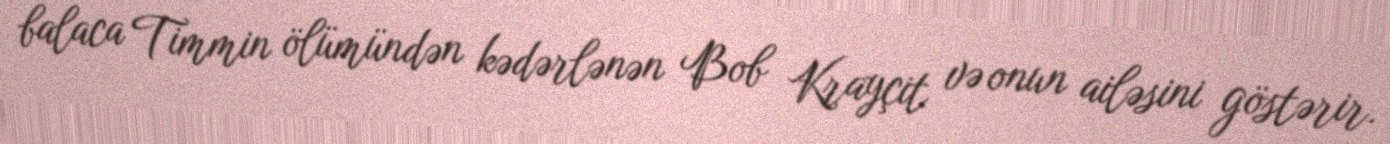
balaca Timmin ölümündən kədərlənən Bob Krayçit və onun ailəsini göstərir.